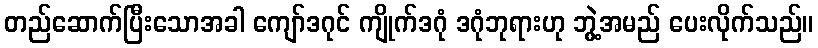
တည်ဆောက်ပြီးသောအခါ ကျော်ဒဂုင် ကျိုက်ဒဂုံ ဒဂုံဘုရားဟု ဘွဲ့အမည် ပေးလိုက်သည်။